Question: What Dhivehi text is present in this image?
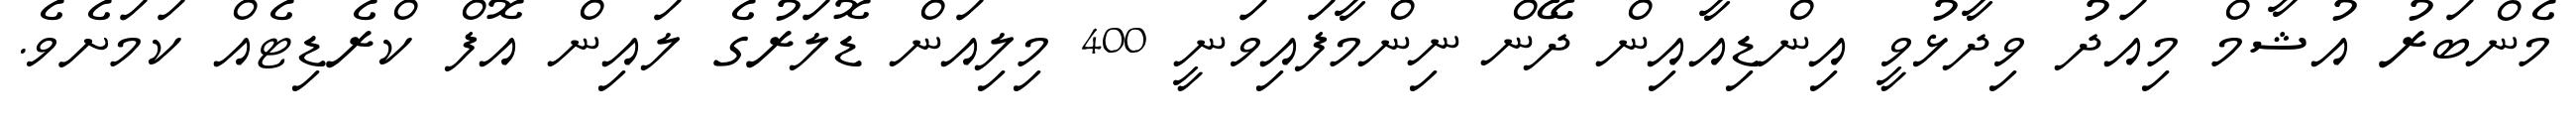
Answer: މެންބަރު އުޝާމް މިއަދު ވިދާޅުވީ އިންޑިއާއިން ދޭން ނިންމާފައިވަނީ 400 މިލިއަން ޑޮލަރުގެ ލައިން އޮފް ކްރެޑިޓެއް ކަމަށެވެ.